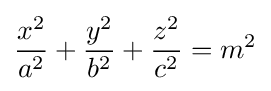
{\frac {x^{2}}{a^{2}}}+{\frac {y^{2}}{b^{2}}}+{\frac {z^{2}}{c^{2}}}=m^{2}